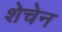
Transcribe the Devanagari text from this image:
शेचेन